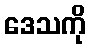
ဒေသကို